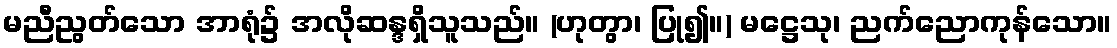
မညီညွတ်သော အာရုံ၌ အလိုဆန္ဒရှိသူသည်။ (ဟုတွာ၊ ပြု၍။) မဋ္ဌေသု၊ ညက်ညောကုန်သော။